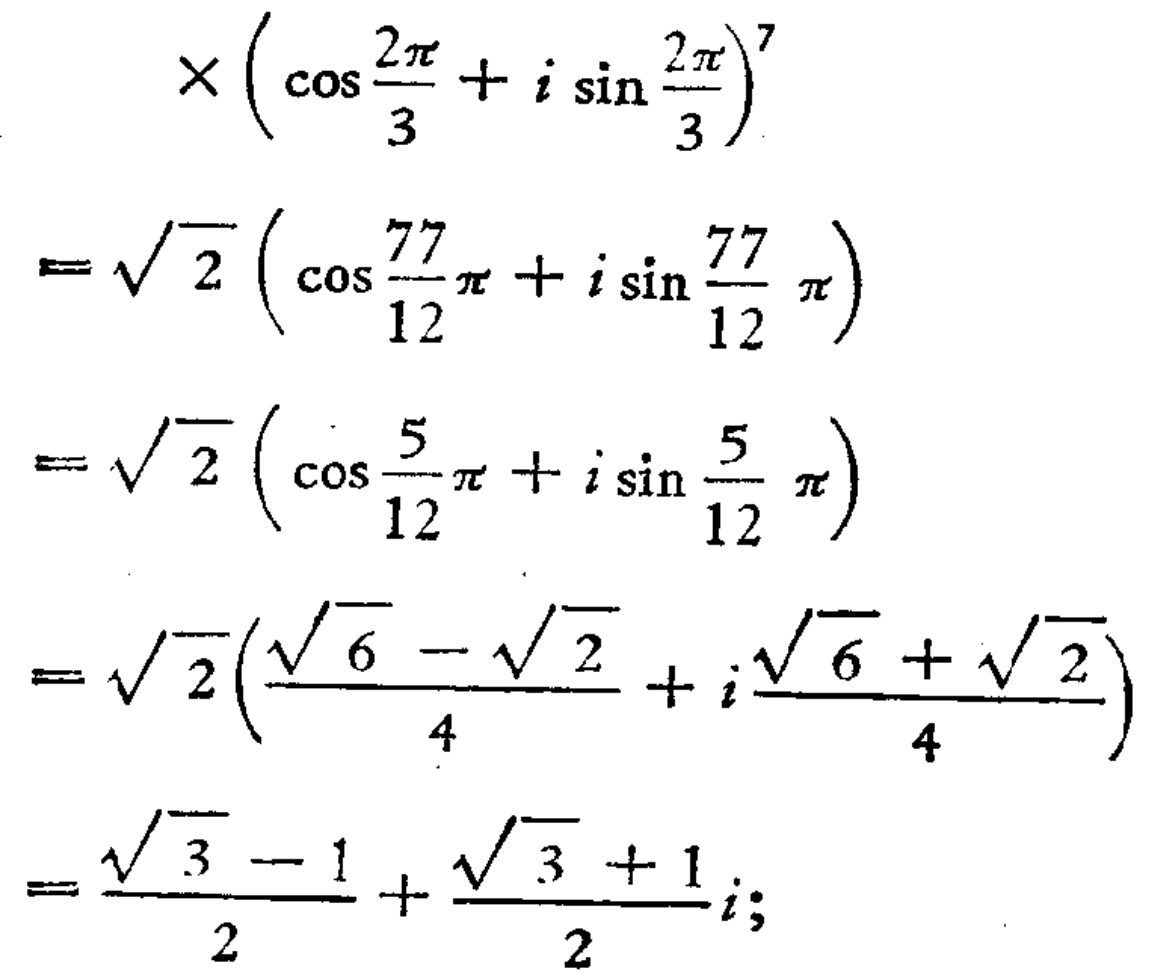
\[

\begin{align*}

&\times\left(\cos\frac{2\pi}{3}+i\sin\frac{2\pi}{3}\right)^{7}\\

=&\sqrt{2}\left(\cos\frac{77}{12}\pi + i\sin\frac{77}{12}\pi\right)\\

=&\sqrt{2}\left(\cos\frac{5}{12}\pi + i\sin\frac{5}{12}\pi\right)\\

=&\sqrt{2}\left(\frac{\sqrt{6}-\sqrt{2}}{4}+i\frac{\sqrt{6}+\sqrt{2}}{4}\right)\\

=&\frac{\sqrt{3}-1}{2}+\frac{\sqrt{3}+1}{2}i;

\end{align*}

\]